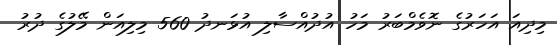
މިދިއަ އަހަރުގެ ނޮވެމްބަރު މަހު އުދުއްސާލި އުޅަނދު 560 މިލިއަން މޭލުގެ ދުރު